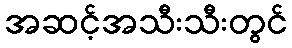
အဆင့်အသီးသီးတွင်